Civil Veterinary Department. United Provinces 1932-42 - 1932-1942
Year: 1932
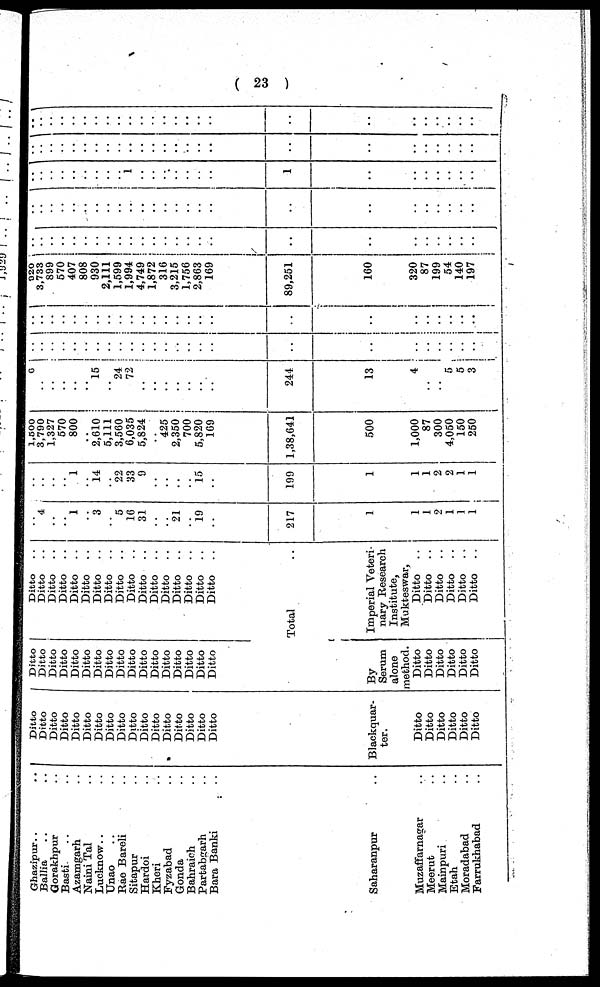
( 23 )
Ghazipur .. ..
Ballia .. ..
Gorakhpur ..
Basti .. ..
Azamgarh ..
Naini Tal
Lucknow
Unao .. ..
Rae Bareli ..
Sitapur ..
Hardoi ..
Kheri ..
Fyzabad ..
Gonda ..
Bahraich ..
Partabgarh ..
Bara Banki ..
Saharanpur..
Muzaffarnagar ..
Meerut ..
Mainpuri ..
Etah ..
Moradabad ..
Farrukhabad ..
Ditto
Ditto
Ditto
Ditto
Ditto
Ditto
Ditto
Ditto
Ditto
Ditto
Ditto
Ditto
Ditto
Ditto
Ditto
Ditto
Ditto
Blackquar-
ter.
Ditto
Ditto
Ditto
Ditto
Ditto
Ditto
Ditto
Ditto
Ditto
Ditto
Ditto
Ditto
Ditto
Ditto
Ditto
Ditto
Ditto
Ditto
Ditto
Ditto
Ditto
Ditto
Ditto
By
Serum
alone
method.
Ditto
Ditto
Ditto
Ditto
Ditto
Ditto
Ditto ..
Ditto
..
Ditto
..
Ditto
..
Ditto
..
Ditto
..
Ditto
..
Ditto
..
Ditto
..
Ditto
..
Ditto
..
Ditto
..
Ditto
..
Ditto
..
Ditto
..
Ditto
..
Ditto
..
Total
Imperial Veteri-
nary Research
Institute,
Mukteswar,
Ditto
..
Ditto
..
Ditto
..
Ditto
..
Ditto
..
Ditto
..
..
4
..
..
1
..
3
..
5
16
31
..
..
21
..
19
..
217
1
1
1
2
1
1
1
..
..
..
..
1
..
14
..
22
33
9
..
..
..
..
15
..
199
1
1
1
2
2
1
1
1,500
3,790
1,327
570
800
..
2,610
5,111
3,560
6,035
5,824
..
425
2,350
700
5,820
169
1,38,641
500
1,000
87
300
4,050
150
250
6
..
..
..
..
..
15
..
24
72
..
..
..
..
..
..
..
244
13
4
..
..
5 5
3
..
..
..
..
..
..
..
..
..
..
..
..
..
..
..
..
..
..
..
..
..
..
..
..
..
..
..
..
..
..
..
..
..
..
..
..
..
..
..
..
..
..
..
..
..
..
..
..
..
920
3,733
899
570
407
808
930
2,111
1,599
1,994
4,749
1,872
316
3,215
1,756
2,863
169
89,251
160
320
87
199
54
140
197
..
..
..
..
..
..
..
..
..
..
..
..
..
..
..
..
..
..
..
..
..
..
..
..
..
..
..
..
..
..
..
..
..
..
..
..
..
..
..
..
..
..
..
..
..
..
..
..
..
..
..
..
..
..
..
..
..
..
..
1
..
..
..
..
..
..
..
1
..
..
..
..
..
..
..
..
..
..
..
..
..
..
..
..
..
..
..
..
..
..
..
..
..
..
..
..
..
..
..
..
..
..
..
..
..
..
..
..
..
..
..
..
..
..
..
..
..
..
..
..
..
..
..
..
..